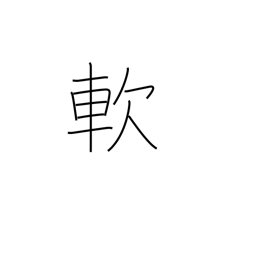
Meaning: soft